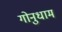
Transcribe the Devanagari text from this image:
गोनुधाम